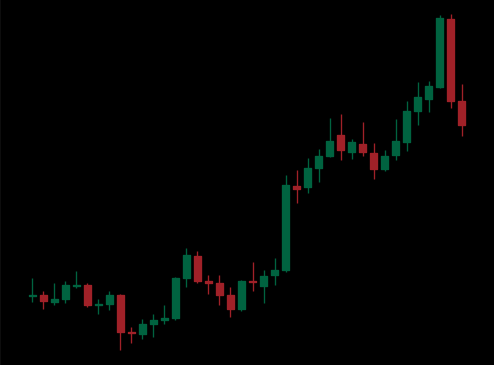
Pattern: unclassified